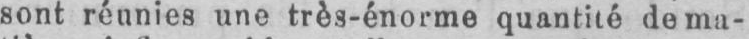
sont réunies une très-énorme quantité de ma-